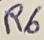
Text: R6